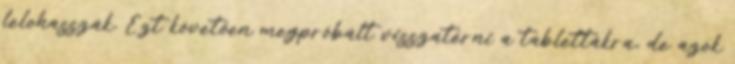
lelohasszák. Ezt követően megpróbált visszatérni a tablettákra, de azok